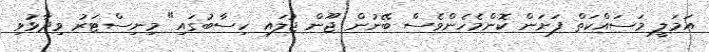
އަމަލީ މަސައްކަތް ފަށަން ކޮންމެހެންވެސް ބޭނުން ޖޫން ޖުލައި ހިސާބުގައި" މިނިސްޓަރު ވިދާޅުވި